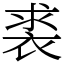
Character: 裘